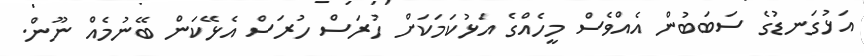
އަޅުގަނޑުގެ ސަބަބުން އެއްވެސް މީހެއްގެ އަޅުކަމަކަށް ހުރަސް ހުރަސް އެޅޭކަން ބޭނުމެއް ނޫން.